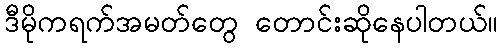
ဒီမိုကရက်အမတ်တွေ တောင်းဆိုနေပါတယ်။